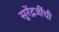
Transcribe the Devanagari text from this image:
सुरेंद्रजींची